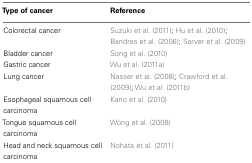
<table><thead><tr><td><b>Type of cancer</b></td><td><b>Reference</b></td></tr></thead><tbody><tr><td>Colorectal cancer</td><td>Suzuki et al. (2011); Hu et al. (2010); Bandres et al. (2006); Sarver et al. (2009)</td></tr><tr><td>Bladder cancer</td><td>Song et al. (2010)</td></tr><tr><td>Gastric cancer</td><td>Wu et al. (2011a)</td></tr><tr><td>Lung cancer</td><td>Nasser et al. (2008); Crawford et al. (2009); Wu et al. (2011b)</td></tr><tr><td>Esophageal squamous cell carcinoma</td><td>Kano et al. (2010)</td></tr><tr><td>Tongue squamous cell carcinoma</td><td>Wong et al. (2008)</td></tr><tr><td>Head and neck squamous cell carcinoma</td><td>Nohata et al. (2011)</td></tr></tbody></table>